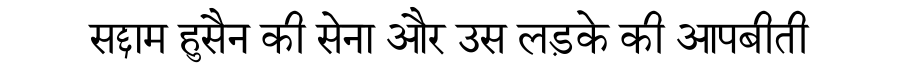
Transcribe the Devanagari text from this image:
सद्दाम हुसैन की सेना और उस लड़के की आपबीती